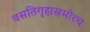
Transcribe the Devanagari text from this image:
वसतिगृहासमोरच